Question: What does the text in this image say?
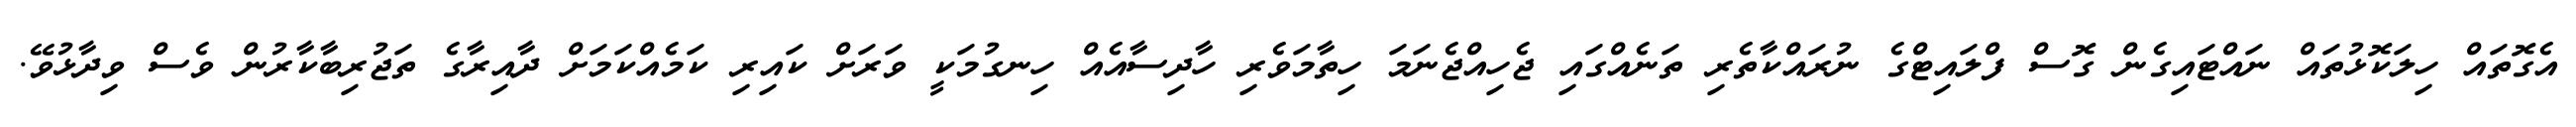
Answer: އެގޮތައް ހިލަކޮޅުތައް ނައްޓައިގެން ގޮސް ފްލައިޓްގެ ނުރައްކާތެރި ތަނެއްގައި ޖެހިއްޖެނަމަ ހިތާމަވެރި ހާދިސާއެއް ހިނގުމަކީ ވަރަށް ކައިރި ކަމެއްކަމަށް ދާއިރާގެ ތަޖުރިބާކާރުން ވެސް ވިދާޅުވޭ.